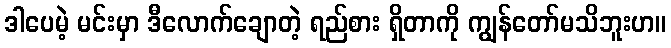
ဒါပေမဲ့ မင်းမှာ ဒီလောက်ချောတဲ့ ရည်စား ရှိတာကို ကျွန်တော်မသိဘူးဟ။